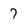
Character: 7